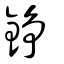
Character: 錚